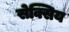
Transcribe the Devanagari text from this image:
सेक्सिय